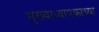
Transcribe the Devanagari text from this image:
मुख्याध्यापकाच्या